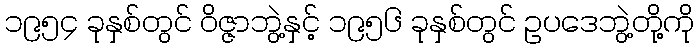
၁၉၅၄ ခုနှစ်တွင် ဝိဇ္ဇာဘွဲ့နှင့် ၁၉၅၆ ခုနှစ်တွင် ဥပဒေဘွဲ့တို့ကို